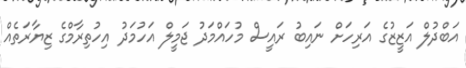
އަބްދުލް އަޒީޒުގެ އަރިހަށް ނައިބު ރައީސް މުހައްމަދު ޖަމީލް އަހުމަދު އިހުތިރާމްގެ ޒިޔާރަތެއް